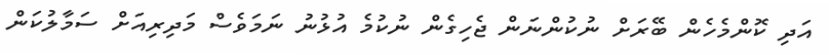
އަދި ކޮންމެހެން ބޭރަށް ނުކުންނަން ޖެހިގެން ނުކުމެ އުޅުނު ނަމަވެސް މަދިރިއަށް ސަމާލުކަން